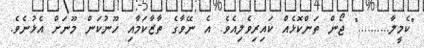
"ކެމީލާ.........." ޖޯން ތަންކޮޅެއް ކައިރިވެލިއެވެ. އެ ނޭވާގެ ތާޒާކަމާއި ހޫނުކަން މޫނަށް އެޅުނެވެ.